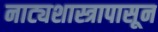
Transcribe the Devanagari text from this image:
नाट्यशास्त्रापासून